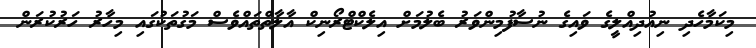
މިކަމާހެދި ނިއުދިއްލީގެ ވައިގެ ނުސާފުމިންވަރު ބެލުމަށް އިލެކްޓްރޯނިކް އާލާތްތައްވެސް މަގުތަކުގައި މިހާރު ހަރުކުރަން